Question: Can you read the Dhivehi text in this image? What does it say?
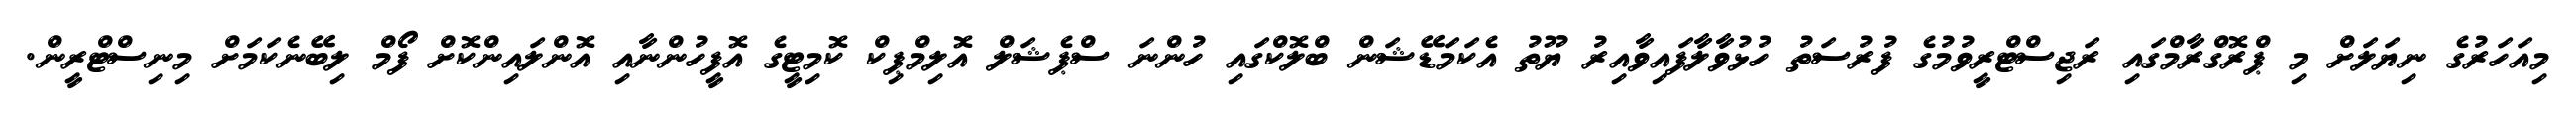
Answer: މިއަހަރުގެ ނިޔަލަށް މި ޕްރޮގްރާމްގައި ރަޖިސްޓްރީވުމުގެ ފުރުސަތު ހުޅުވާލާފައިވާއިރު ޔޫތު އެކަމަޑޭޝަން ބްލޮކްގައި ހުންނަ ސްޕެޝަލް އޮލިމްޕިކް ކޮމިޓީގެ އޮފީހުންނާއި އޮންލައިންކޮށް ފޯމް ލިބޭނެކަމަށް މިނިސްޓްރީން.